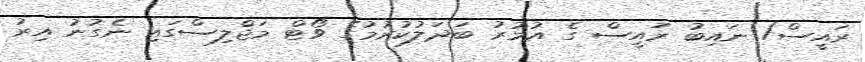
ރައީސް/ ނައިބު ރައީސް ގެ އުމުރު ބަދަލުކުރުމުގެ ވޯޓް މަޖްލިސްގައި ނެގުނު އިރު